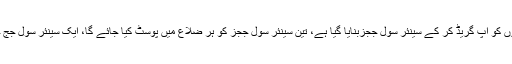
انہوں نے کہا کہ عدالت عالیہ لاہور کی جانب سے انقلابی قدم اٹھایا گیا ہے کہ 72 سول ججزکی پوسٹوں کو اپ گریڈ کر کے سینئر سول ججزبنایا گیا ہے، تین سینئر سول ججز کو ہر ضلاع میں پوسٹ کیا جائے گا، ایک سینئر سول جج جوڈیشل ورک کرے گا، ایک ایڈمن جج ہوگا جبکہ تیسرا سینئر سول جج بطور گارڈین جج کام کرے گا۔